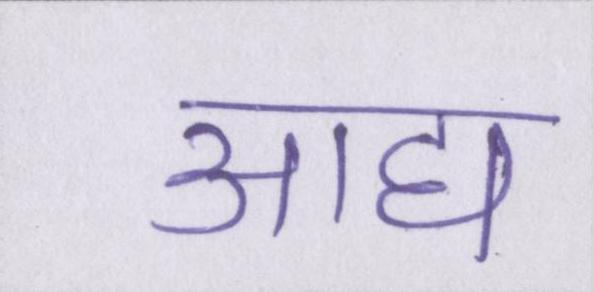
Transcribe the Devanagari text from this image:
आद्य